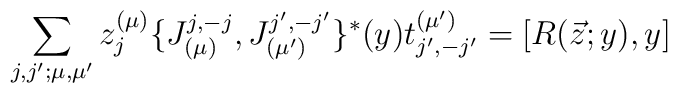
\sum_{j,j';\mu ,\mu '}z_j^{(\mu )} \{J^{j,-j}_{(\mu )},J^{j',-j'}_{(\mu ')}\}^*(y)t_{j',-j'}^{(\mu ')}=[R(\vec{z};y),y]